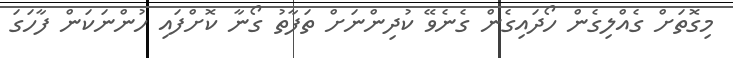
މިގޮތަށް ގެއްލިގެން ހޯދައިގެން ގެނެވޭ ކުދިންނަށް ތަފާތު ގޯނާ ކޮށްފައި ހުންނަކަން ފާހަގަ